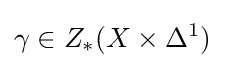
\gamma \in Z_{*}(X\times \Delta ^{1})